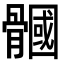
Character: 𩪐